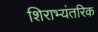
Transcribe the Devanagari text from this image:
शिराभ्यंतरिक